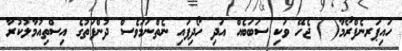
ހައިޕަރނެފްރޯމާ( ) ޖެހޭ ވަކި ސަބަބެއް އަދި ހޯދިފައި ނެތްނަމަވެސް ދުންފަތުގެ އިސްތިއުމާލުކުރާ